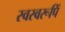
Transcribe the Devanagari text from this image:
स्वस्वरूपिं